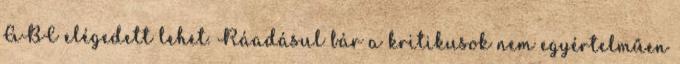
ABC elégedett lehet. Ráadásul bár a kritikusok nem egyértelműen